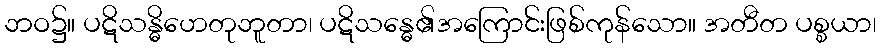
ဘဝ၌။ ပဋိသန္ဓိဟေတုဘူတာ၊ ပဋိသန္ဓေ၏အကြောင်းဖြစ်ကုန်သော။ အတီတ ပစ္စယာ၊